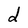
Character: d